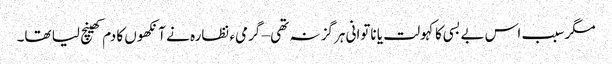
مگر سبب اس بے بسی کا کہولت یا ناتوانی ہرگز نہ تھی – گرمیء نظارہ نے آنکھوں کا دم کھینچ لیا تھا۔